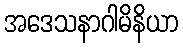
အဒေသနာဂါမိနိယာ